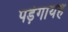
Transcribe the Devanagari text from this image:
पड़ेगायह